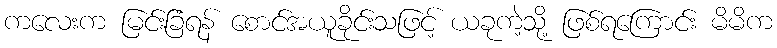
ကလေးက မြင်းခြံရန် စောင်အယူခိုင်းသဖြင့် ယခုကဲ့သို့ ဖြစ်ရကြောင်း မိမိက